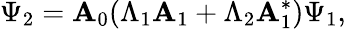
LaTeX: \Psi_{2}=\mathbf{A}_{0}{\left(\Lambda_{1}{\cal\mathbf{A}}_{1}+\Lambda_{2}{\cal\mathbf{A}}_{1}^{\ast}\right)}\Psi_{1},